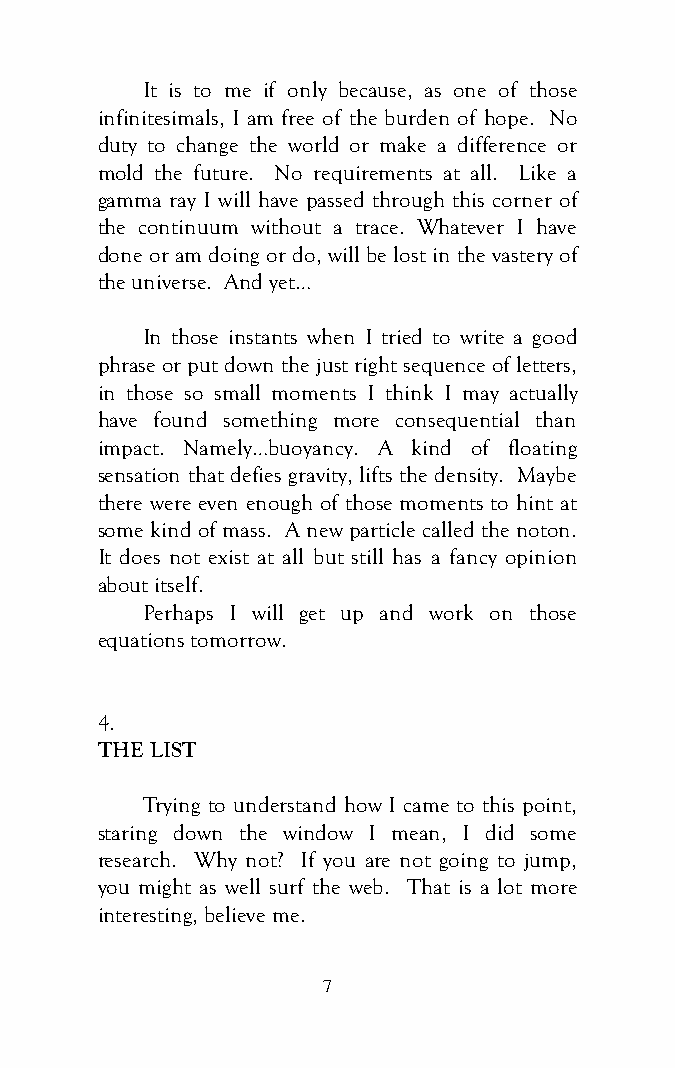
It is to me if only because, as one of those
 infinitesimals, I am free of the burden of hope. No
 duty to change the world or make a difference or
 mold the future. No requirements at all. Like a
 gamma ray I will have passed through this corner of
 the continuum without a trace. Whatever I have
 done or am doing or do, will be lost in the vastery of
 the universe. And yet…
 In those instants when I tried to write a good
 phrase or put down the just right sequence of letters,
 in those so small moments I think I may actually
 have found something more consequential than
 impact. Namely…buoyancy. A kind of floating
 sensation that defies gravity, lifts the density. Maybe
 there were even enough of those moments to hint at
 some kind of mass. A new particle called the noton.
 It does not exist at all but still has a fancy opinion
 about itself.
 Perhaps I will get up and work on those
 equations tomorrow.
 4.
 THE LIST
 Trying to understand how I came to this point,
 staring down the window I mean, I did some
 research. Why not? If you are not going to jump,
 you might as well surf the web. That is a lot more
 interesting, believe me.
 7